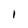
Character: I